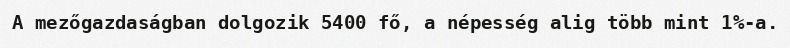
A mezőgazdaságban dolgozik 5400 fő, a népesség alig több mint 1%-a.